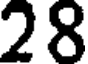
28